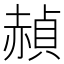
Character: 赬